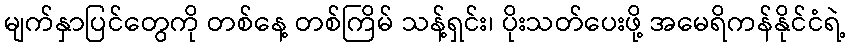
မျက်နှာပြင်တွေကို တစ်နေ့ တစ်ကြိမ် သန့်ရှင်း၊ ပိုးသတ်ပေးဖို့ အမေရိကန်နိုင်ငံရဲ့